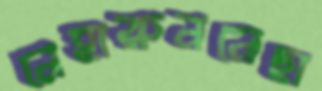
নেহারুননেছা